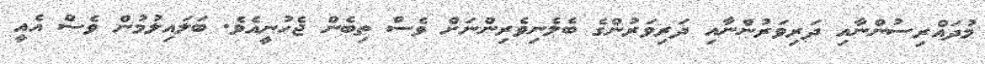
މުދައްރިސުންނާއި ދަރިވަރުންނާއި ދަރިވަރުންގެ ބެލެނިވެރިންނަށް ވެސް ތިބެން ޖެހުނީއެވެ. ބަލައިލުމުން ވެސް އެއީ